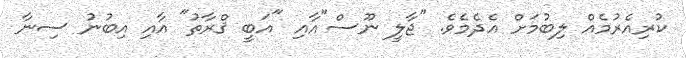
ކުރިއެރުމެއް ލިބުމަށް އެދެމެވެ. "ޖާލީ ނޫސް"އާއި "އަބީ ޤްރާތު" އާއި އިބުނު ސިނާ